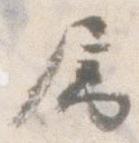
属